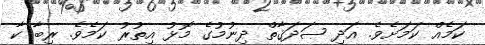
ކަމެއް ކަމަށެވެ. އަދި ޞަދަޤާތް ދިނުމުގެ މޮޅު އިތުރު ކަމެވެ. ރިބާ ކާ